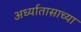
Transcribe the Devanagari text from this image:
अर्ध्यातासाच्या